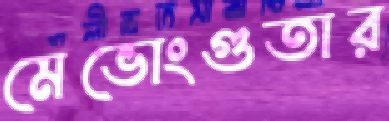
মেভোংগুতার